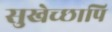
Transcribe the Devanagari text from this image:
सुखेच्छापि